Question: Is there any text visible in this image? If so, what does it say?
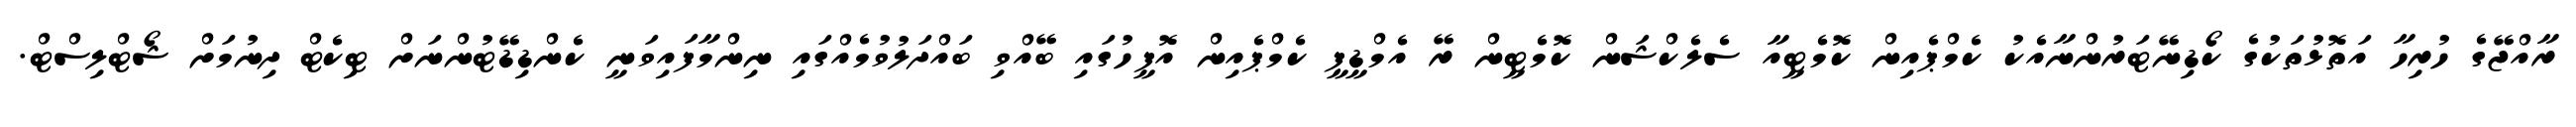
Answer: ރާއްޖޭގެ ހުރިހާ އަތޮޅުތަކުގެ ކޯޑިނޭޓަރުންނާއެކު ކެމްޕެއިން ކޮމެޓީއާ ސެލެކްޝަން ކޮމެޓީން ރޭ އެމްޑީޕީ ކެމްޕެއިން އޮފީހުގައި ބޭއްވި ބައްދަލުވުމެއްގައި ނިންމާފައިވަނީ ކެންޑިޑޭޓުންނަށް ޓިކެޓް ދިނުމަށް ޝޯޓްލިސްޓް.